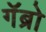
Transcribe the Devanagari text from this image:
गॅब्रो